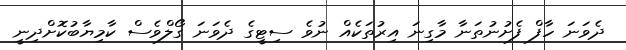
ދެވަނަ ހާފް ފެށުނުތަނާ މާގިނަ އިރުތަކެއް ނުވެ ސިޓީގެ ދެވަނަ ގޯލްވެސް ކާމިޔާބުކޮށްދިނީ